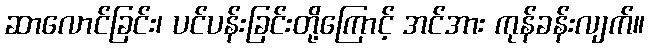
ဆာလောင်ခြင်း၊ ပင်ပန်းခြင်းတို့ကြောင့် အင်အား ကုန်ခန်းလျက်။